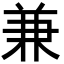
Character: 兼